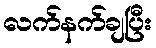
လက်နက်ချပြီး